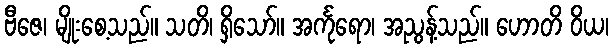
ဗီဇေ၊ မျိုးစေ့သည်။ သတိ၊ ရှိသော်။ အင်္ကုရော၊ အညွန့်သည်။ ဟောတိ ဝိယ၊